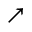
\nearrow